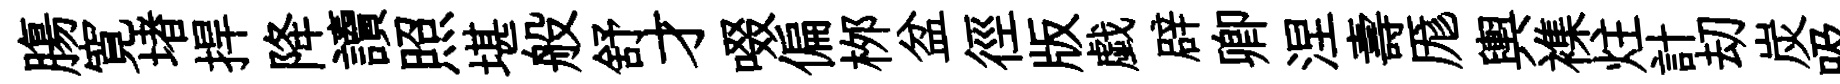
膓寛堵捍降讀照堪般舒才啜偏桞盆徑版戯辟卿涅壽厖輿襍炷計刧炭吸